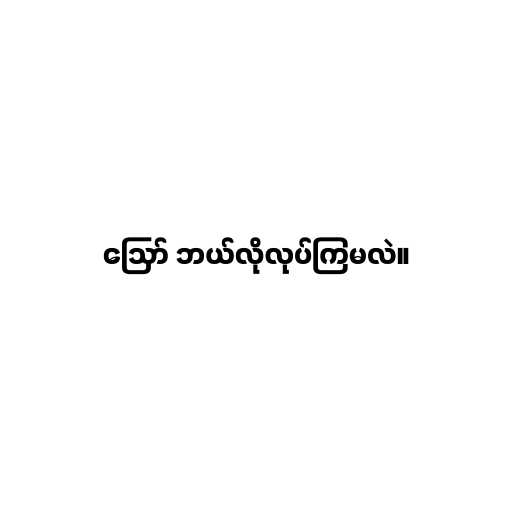
ဪ ဘယ်လိုလုပ်ကြမလဲ။